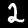
Digit: 2